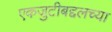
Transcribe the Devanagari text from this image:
एकजुटीबद्दलच्या